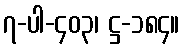
၇-ပါ-၄၀၃၊ ဋ္ဌ-၁၈၄။